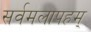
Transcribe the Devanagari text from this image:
सर्वमलापहम्